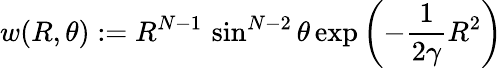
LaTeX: w(R,\theta):=R^{N-1}\, \sin^{N-2}\theta\exp\left(-\frac{1}{2\gamma}R^{2}\right)